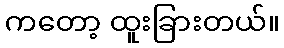
ကတော့ ထူးခြားတယ်။